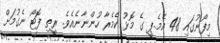
މިފޯނުގައި 48 އެމެ.ޕީ ގެ މޮޅު ކެމެރާ ހުންނާނެއެވެ. ރީތި ފޮޓޯ ނެގުމަށް